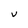
Character: V